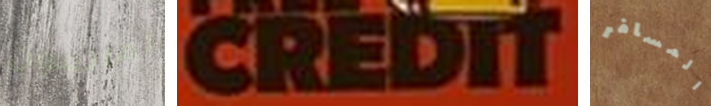
تمانعون CREDIT المسافر